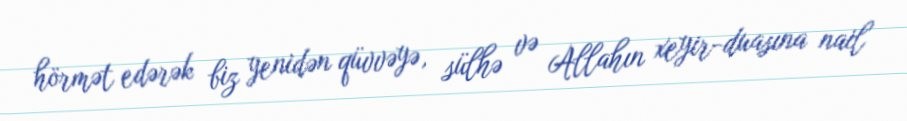
hörmət edərək biz yenidən qüvvəyə, sülhə və Allahın xeyir-duasına nail